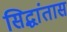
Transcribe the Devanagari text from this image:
सिद्धांतास